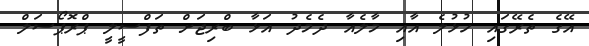
އޭގެ ތެރޭގައި ހުޅުލެ އާއި މާލެއާ ދެމެދު އަޅާ ބްރިޖަށް ތަފްސީލީ ޕްރޮޕޯސަލް